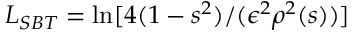
L _ { S B T } = \ln [ 4 ( 1 - s ^ { 2 } ) / ( \epsilon ^ { 2 } \rho ^ { 2 } ( s ) ) ]